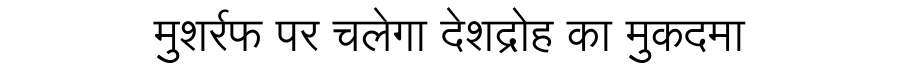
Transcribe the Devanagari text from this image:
मुशर्रफ पर चलेगा देशद्रोह का मुकदमा